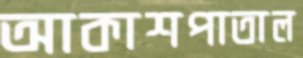
আকাশপাতাল